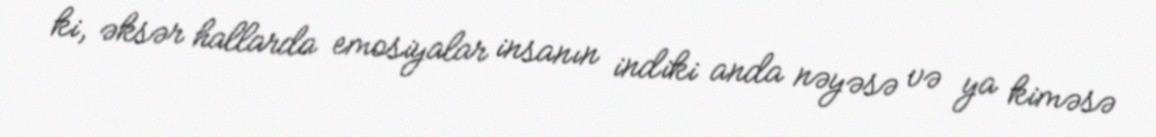
ki, əksər hallarda emosiyalar insanın indiki anda nəyəsə və ya kiməsə